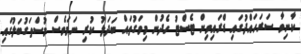
ކާނިވާ ސަރަހައްދުގައި ޑްރައިވިން ޓެސްޓު ހެދުން މިވަގުތައް ބަދަލު ކުރި ނަމަވެސް މުސްތަގުބަލުގައި